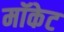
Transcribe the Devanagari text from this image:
मॉकेट